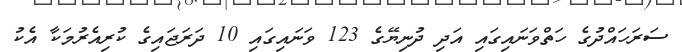
ސަރަހައްދުގެ ހަތްވަނައިގައި އަދި ދުނިޔޭގެ 123 ވަނައިގައި 10 ދަރަޖައިގެ ކުރިއެރުމަކާ އެކު